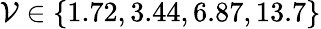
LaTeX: \mathcal{V}\in\{ 1.72,3.44,6.87,13.7\}